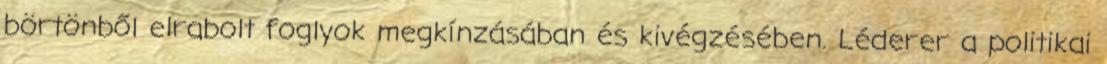
börtönből elrabolt foglyok megkínzásában és kivégzésében. Léderer a politikai